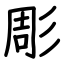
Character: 彫